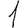
Digit: 1